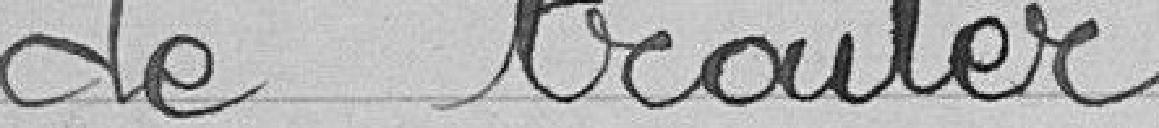
de traiter